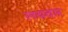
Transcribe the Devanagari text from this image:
लयदार